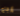
إرجاع